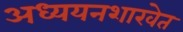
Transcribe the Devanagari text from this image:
अध्ययनशाखेत